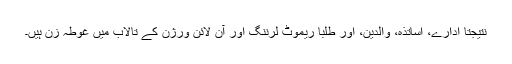
نتیجتاً ادارے، اساتذہ، والدین، اور طلبا ریموٹ لرننگ اور آن لائن ورژن کے تالاب میں غوطہ زن ہیں۔